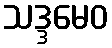
သဒ္ဒမေဝ